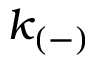
k _ { ( - ) }